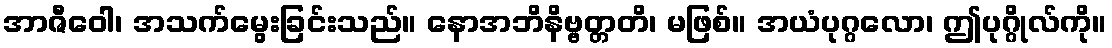
အာဇီဝေါ၊ အသက်မွေးခြင်းသည်။ နောအဘိနိဗ္ဗတ္တတိ၊ မဖြစ်။ အယံပုဂ္ဂလော၊ ဤပုဂ္ဂိုလ်ကို။